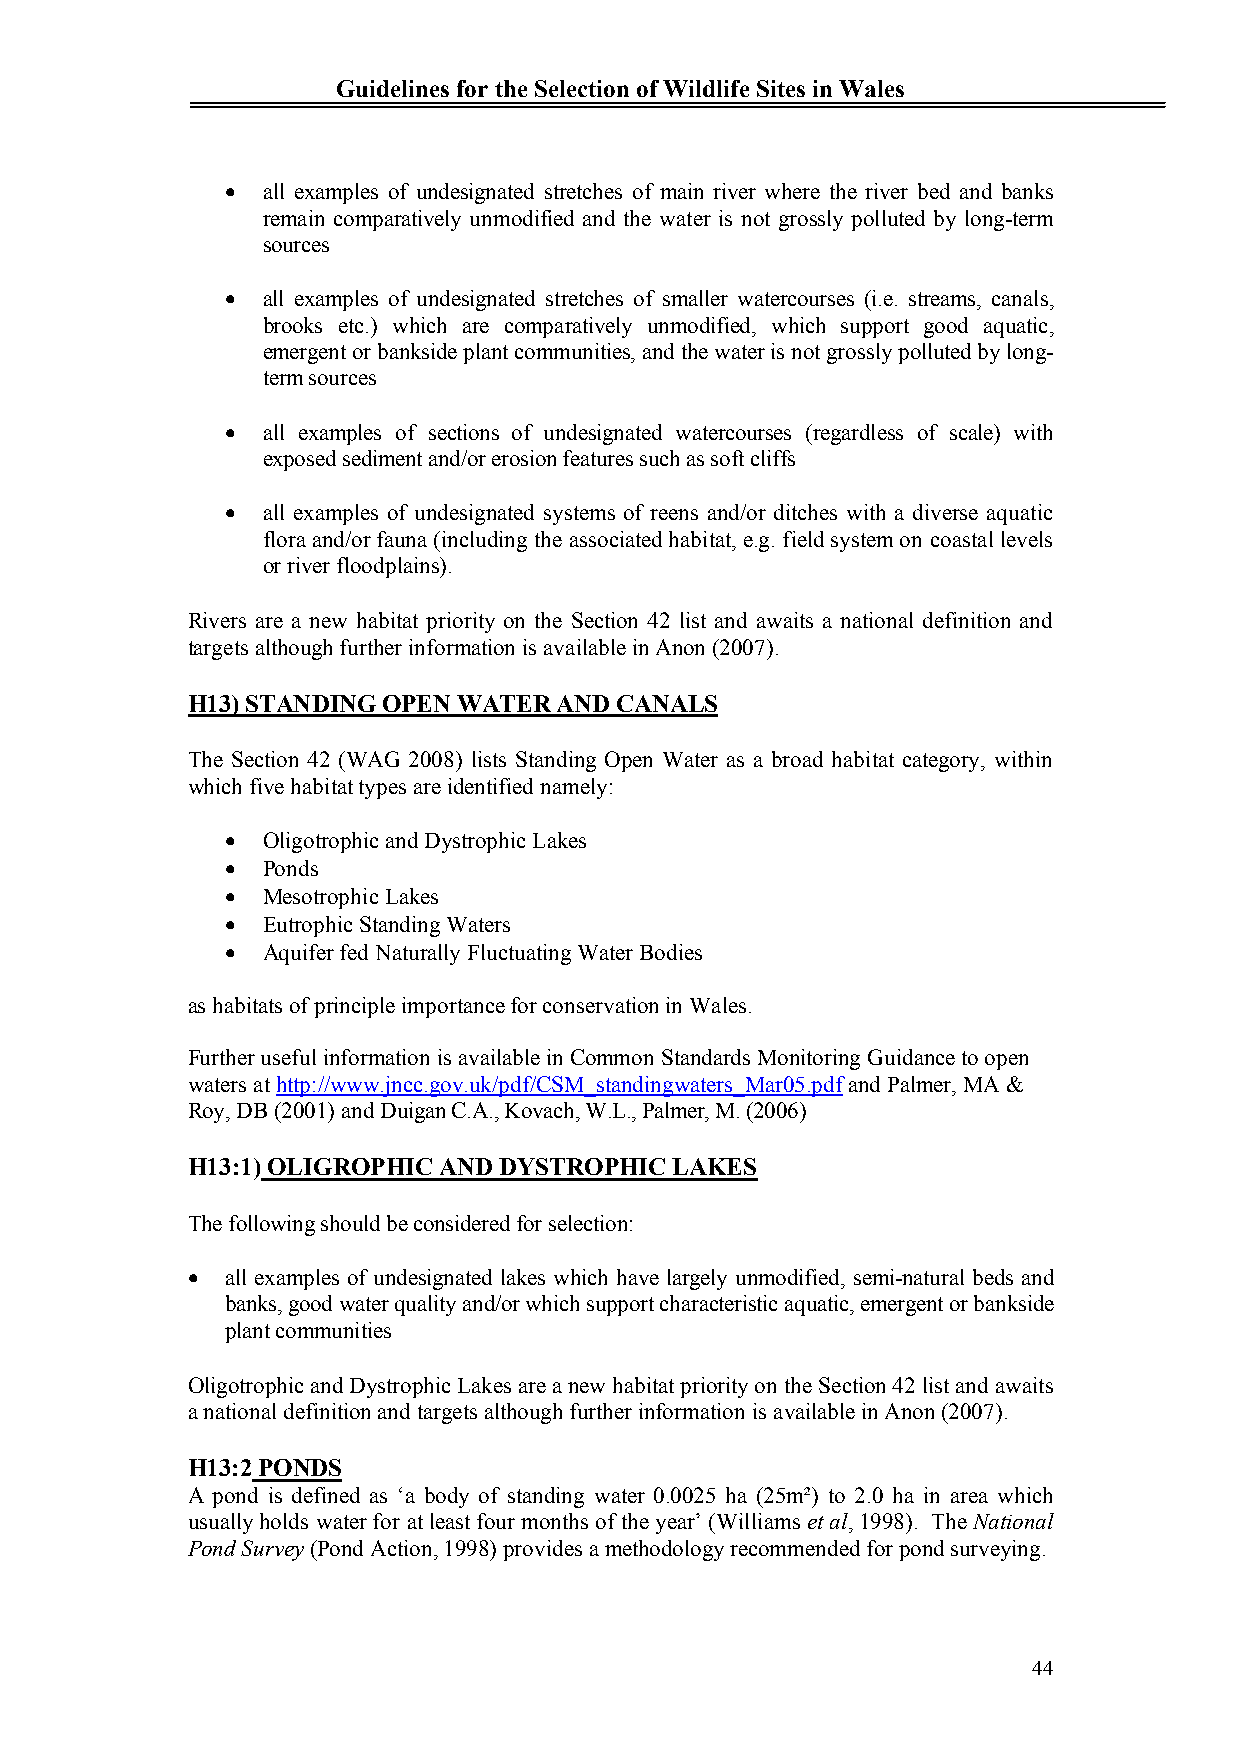
Guidelines for the Selection of Wildlife Sites in Wales
  all examples of undesignated stretches of main river where the river bed and banks
 remain comparatively unmodified and the water is not grossly polluted by long-term
 sources
  all examples of undesignated stretches of smaller watercourses (i.e. streams, canals,
 brooks etc.) which are comparatively unmodified, which support good aquatic,
 emergent or bankside plant communities, and the water is not grossly polluted by long-
 term sources
  all examples of sections of undesignated watercourses (regardless of scale) with
 exposed sediment and/or erosion features such as soft cliffs
  all examples of undesignated systems of reens and/or ditches with a diverse aquatic
 flora and/or fauna (including the associated habitat, e.g. field system on coastal levels
 or river floodplains).
 Rivers are a new habitat priority on the Section 42 list and awaits a national definition and
 targets although further information is available in Anon (2007).
 H13) STANDING OPEN WATER AND CANALS
 The Section 42 (WAG 2008) lists Standing Open Water as a broad habitat category, within
 which five habitat types are identified namely:
  Oligotrophic and Dystrophic Lakes
  Ponds
  Mesotrophic Lakes
  Eutrophic Standing Waters
  Aquifer fed Naturally Fluctuating Water Bodies
 as habitats of principle importance for conservation in Wales.
 Further useful information is available in Common Standards Monitoring Guidance to open
 watersat http://www.jncc.gov.uk/pdf/CSM_standingwaters_Mar05.pdfand Palmer, MA &
 Roy, DB (2001) and Duigan C.A., Kovach, W.L., Palmer, M. (2006)
 H13:1)OLIGROPHIC AND DYSTROPHIC LAKES
 The following should be considered for selection:
   all examples of undesignated lakes which have largely unmodified, semi-natural beds and
 banks, good water quality and/or which support characteristic aquatic, emergent or bankside
 plant communities
 Oligotrophic and Dystrophic Lakes are a new habitat priority on the Section 42 list and awaits
 a national definition and targets although further information is available in Anon (2007).
 H13:2PONDS
 A pond is defined as ‘a body of standing water 0.0025 ha (25m²) to 2.0 ha in area which
 usually holds water for at least four months of the year’ (Williams et al, 1998). The National
 Pond Survey (Pond Action, 1998) provides a methodology recommended for pond surveying.
 44